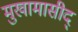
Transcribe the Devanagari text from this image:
मुखामासीद्